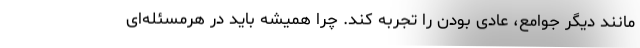
مانند دیگر جوامع، عادی بودن را تجربه کند. چرا همیشه باید در هرمسئله‌ای